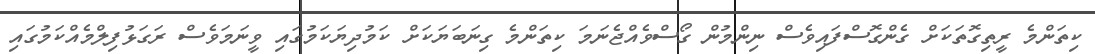
ކިތަންމެ ރީތިގޮތަކަށް ގެންގޮސްފައިވެސް ނިންމުން ގޯސްވެއްޖެނަމަ ކިތަންމެ ގިނަބަޔަކަށް ކަމުދިޔަކަމުގައި ވީނަމަވެސް ރަގަޅުފިލްމެއްކަމުގައި